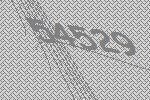
54529